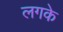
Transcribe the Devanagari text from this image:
लगके